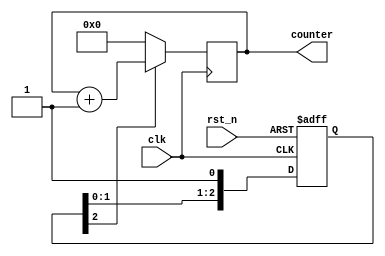
module reset_example (
    input wire clk,          // Clock input
    input wire rst_n,       // Active-low reset input (asynchronous)
    output reg [7:0] counter // 8-bit counter output
);

// Debounce logic for the reset signal
reg [2:0] rst_sync; // Synchronization register for debouncing
always @(posedge clk or negedge rst_n) begin
    if (!rst_n) begin
        rst_sync <= 3'b000; // Reset the sync register
    end else begin
        rst_sync <= {rst_sync[1:0], 1'b1}; // Shift in the clocked reset state
    end
end

wire rst_active = rst_sync[2]; // Active reset signal after debouncing

// Synchronous reset behavior
always @(posedge clk) begin
    if (!rst_active) begin
        counter <= 8'b0; // Reset counter to zero
    end else begin
        counter <= counter + 1; // Increment counter
    end
end

endmodule